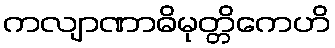
ကလျာဏာဓိမုတ္တိကေဟိ